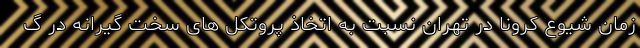
زمان شیوع کرونا در تهران نسبت به اتخاذ پروتکل های سخت گیرانه در گ